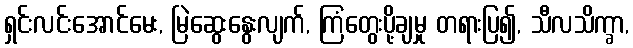
ရှင်းလင်းအောင်မေး, မြဲဆွေးနွေးလျက်, ကြံတွေးပို့ချမှု တရားပြ၍, သီလသိက္ခာ,